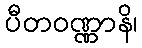
ပီတဝဏ္ဏာနိ၊